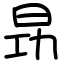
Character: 昮